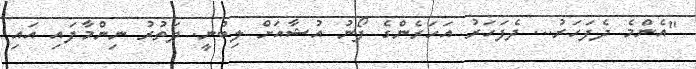
"އެންމެ ދެފަހަރު... ދެފަހަރު އަހަރެންގެ ފޯނު އުޝާއަށް ލިބުނީ. ދަތުރު ނިންމާފައި އައި